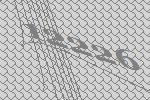
12226